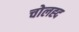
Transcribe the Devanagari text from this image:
चोलह्द